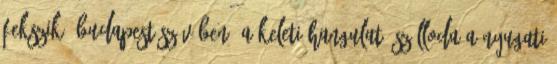
fekszik, Budapest szívében. A keleti hangulatú szálloda a Nyugati